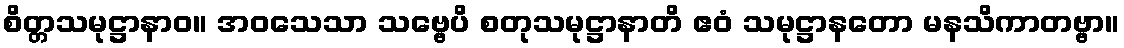
စိတ္တသမုဋ္ဌာနာဝ။ အဝသေသာ သဗ္ဗေပိ စတုသမုဋ္ဌာနာတိ ဧဝံ သမုဋ္ဌာနတော မနသိကာတဗ္ဗာ။